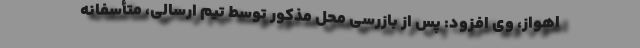
اهواز، وی افزود: پس از بازرسی محل مذکور توسط تیم ارسالی، متأسفانه